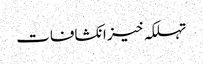
تہلکہ خیز انکشافات